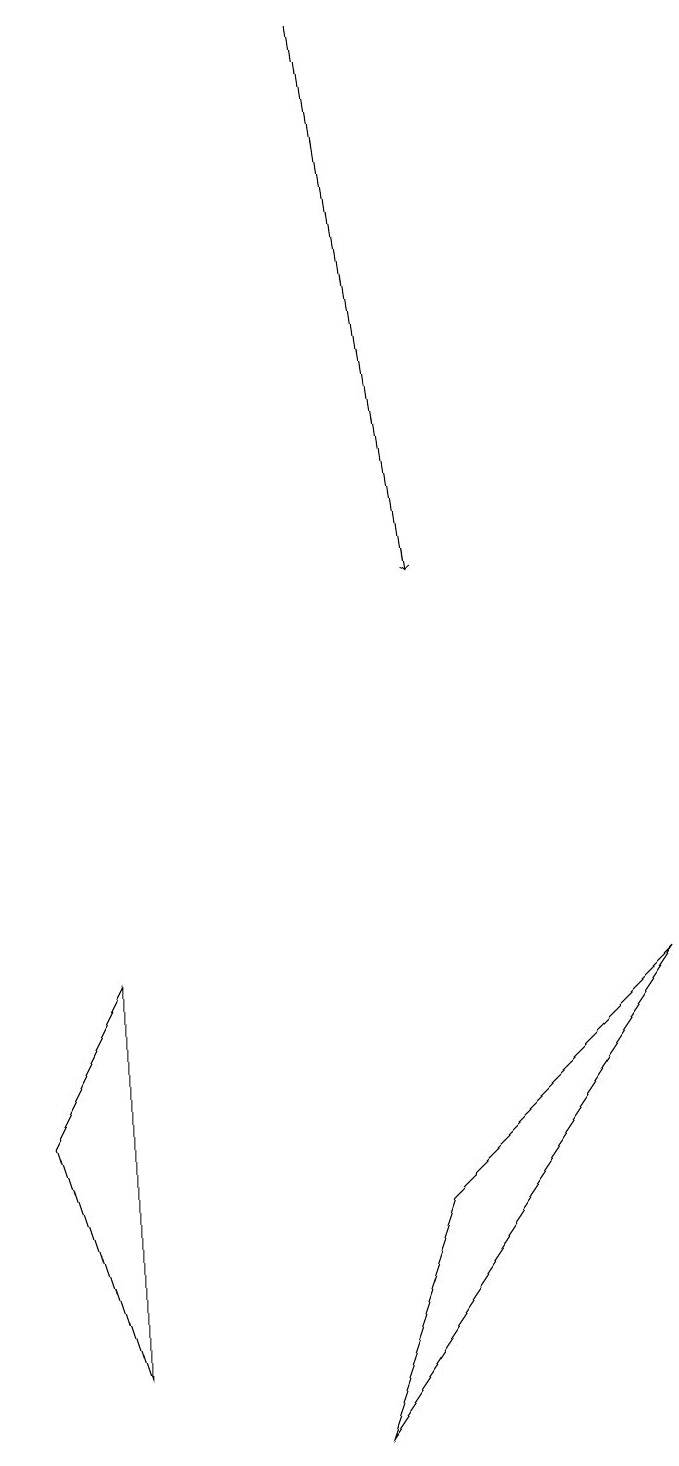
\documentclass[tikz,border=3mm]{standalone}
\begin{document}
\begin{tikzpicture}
\draw[->] (4,18) -- (5,11);
\draw (0,4) -- (1,1) -- (1,6) -- cycle;
\draw (5,3) -- (8,6) -- (4,0) -- cycle;
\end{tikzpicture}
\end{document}